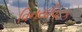
વિનયપિટક